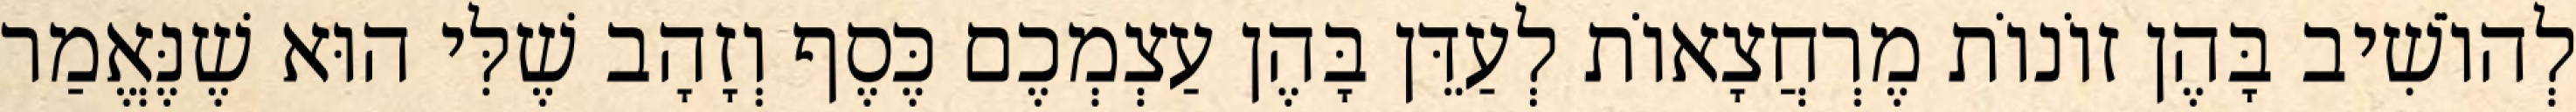
לְהוֹשִׁיב בָּהֶן זוֹנוֹת מֶרְחֲצָאוֹת לְעַדֵּן בָּהֶן עַצְמְכֶם כֶּסֶף וְזָהָב שֶׁלִּי הוּא שֶׁנֶּאֱמַר